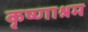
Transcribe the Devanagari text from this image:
कृष्णाश्रम